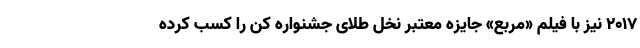
۲۰۱۷ نیز با فیلم «مربع» جایزه معتبر نخل طلای جشنواره کن را کسب کرده